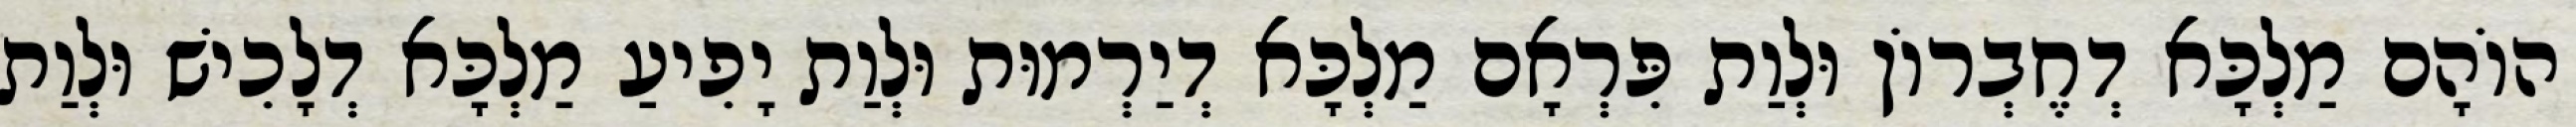
הוֹהָם מַלְכָּא דְחֶבְרוֹן וּלְוַת פִּרְאָם מַלְכָּא דְיַרְמוּת וּלְוַת יָפִיעַ מַלְכָּא דְלָכִישׁ וּלְוַת